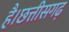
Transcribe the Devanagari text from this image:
है।छत्तीसगढ़